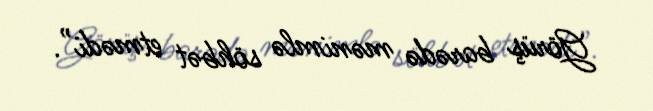
Görüş barədə mənimlə söhbət etmədi”.